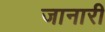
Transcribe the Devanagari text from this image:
जानारी